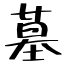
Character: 墓